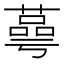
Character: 蕚